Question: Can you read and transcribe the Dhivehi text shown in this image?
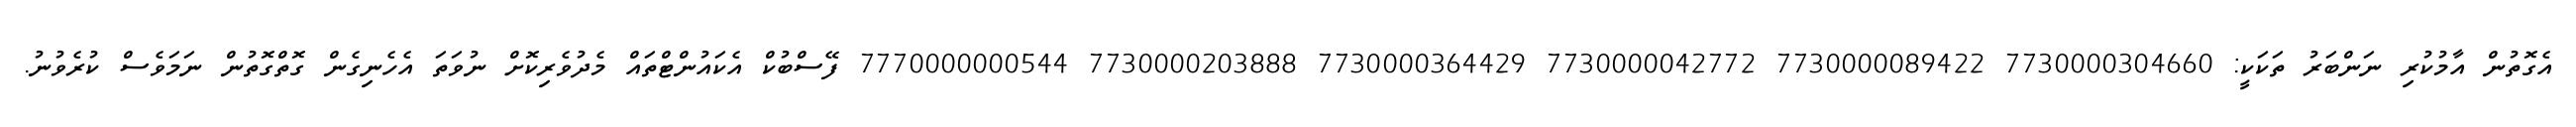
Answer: އެގޮތުން އާމުކުރި ނަންބަރު ތަކަކީ: 7730000304660 7730000089422 7730000042772 7730000364429 7730000203888 7770000000544 ފޭސްބުކް އެކައުންޓްތައް މެދުވެރިކޮށް ނުވަތަ އެހެނިގެން ގޮތްގޮތުން ނަމަވެސް ކުރެވުނު.